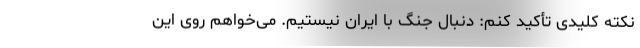
نکته کلیدی تأکید کنم: دنبال جنگ با ایران نیستیم. می‌خواهم روی این